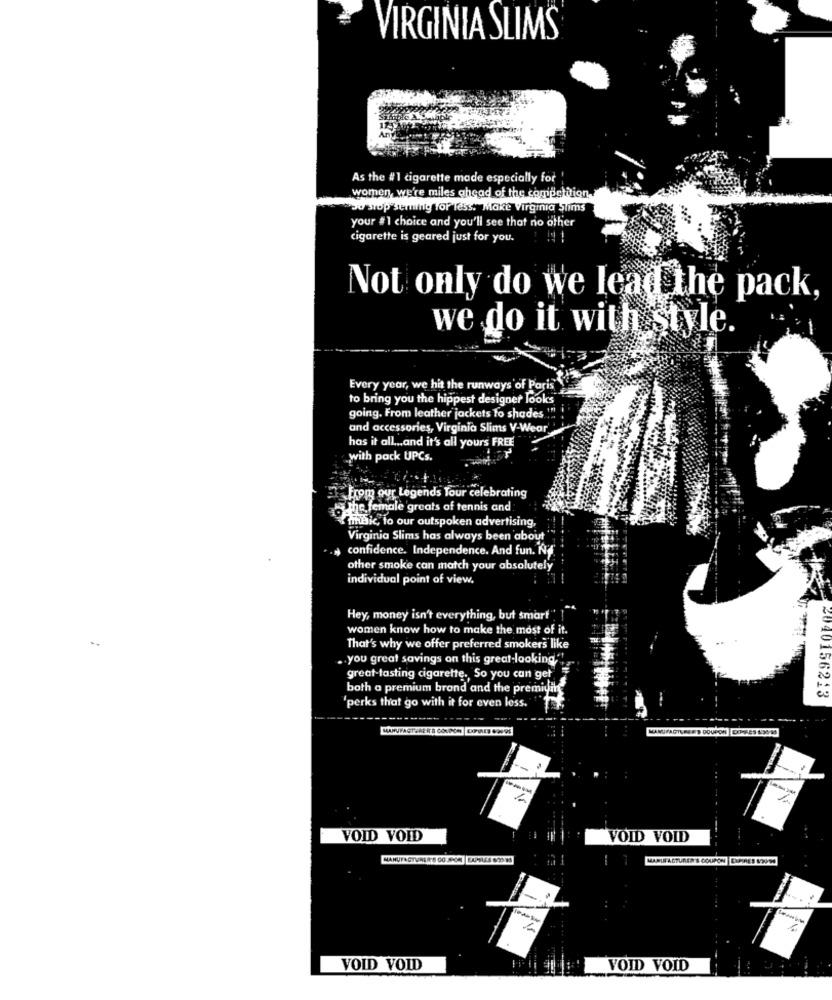
VIRGINIA SLIMS
As the #1 cigarette made especially for !
women, we're miles ahead of the competition.
So stop semning for less. Make Virginia Shims
your #1 choice and you'll see that no other
cigarette is geared just for you.
Not only do we lead the pack,
we do it with style.
Every year, we hit the runways of Paris
to bring you the hippest designer looks
going. From leather jackets to shades !!!
and accessories, Virginia Slims V-Wear
has it all ... and it's all yours FREE
with pack UPCs.
From our Legends Tour celebrating
6 the female greats of tennis and
minBic, to our outspoken advertising,
Virginia Slims has always been about
confidence. Independence. And fun. No
other smoke can match your absolutely
individual point of view.
Hey, money isn't everything, but smart"
women know how to make the most of it.
That's why we offer preferred smokers like
.. you great savings on this great-looking"
great-tasting cigarette. So you can get
both a premium brand and the premiumh
040156213
'perks that go with it for even less.
VOID VOID
VOID VOID
MANUFACTURER'S COUPON DUPRES 82090
VOID VOID
VOID VOID